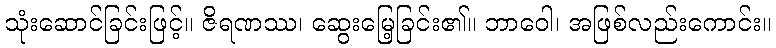
သုံးဆောင်ခြင်းဖြင့်။ ဇိရဏဿ၊ ဆွေးမြေ့ခြင်း၏။ ဘာဝေါ၊ အဖြစ်လည်းကောင်း။